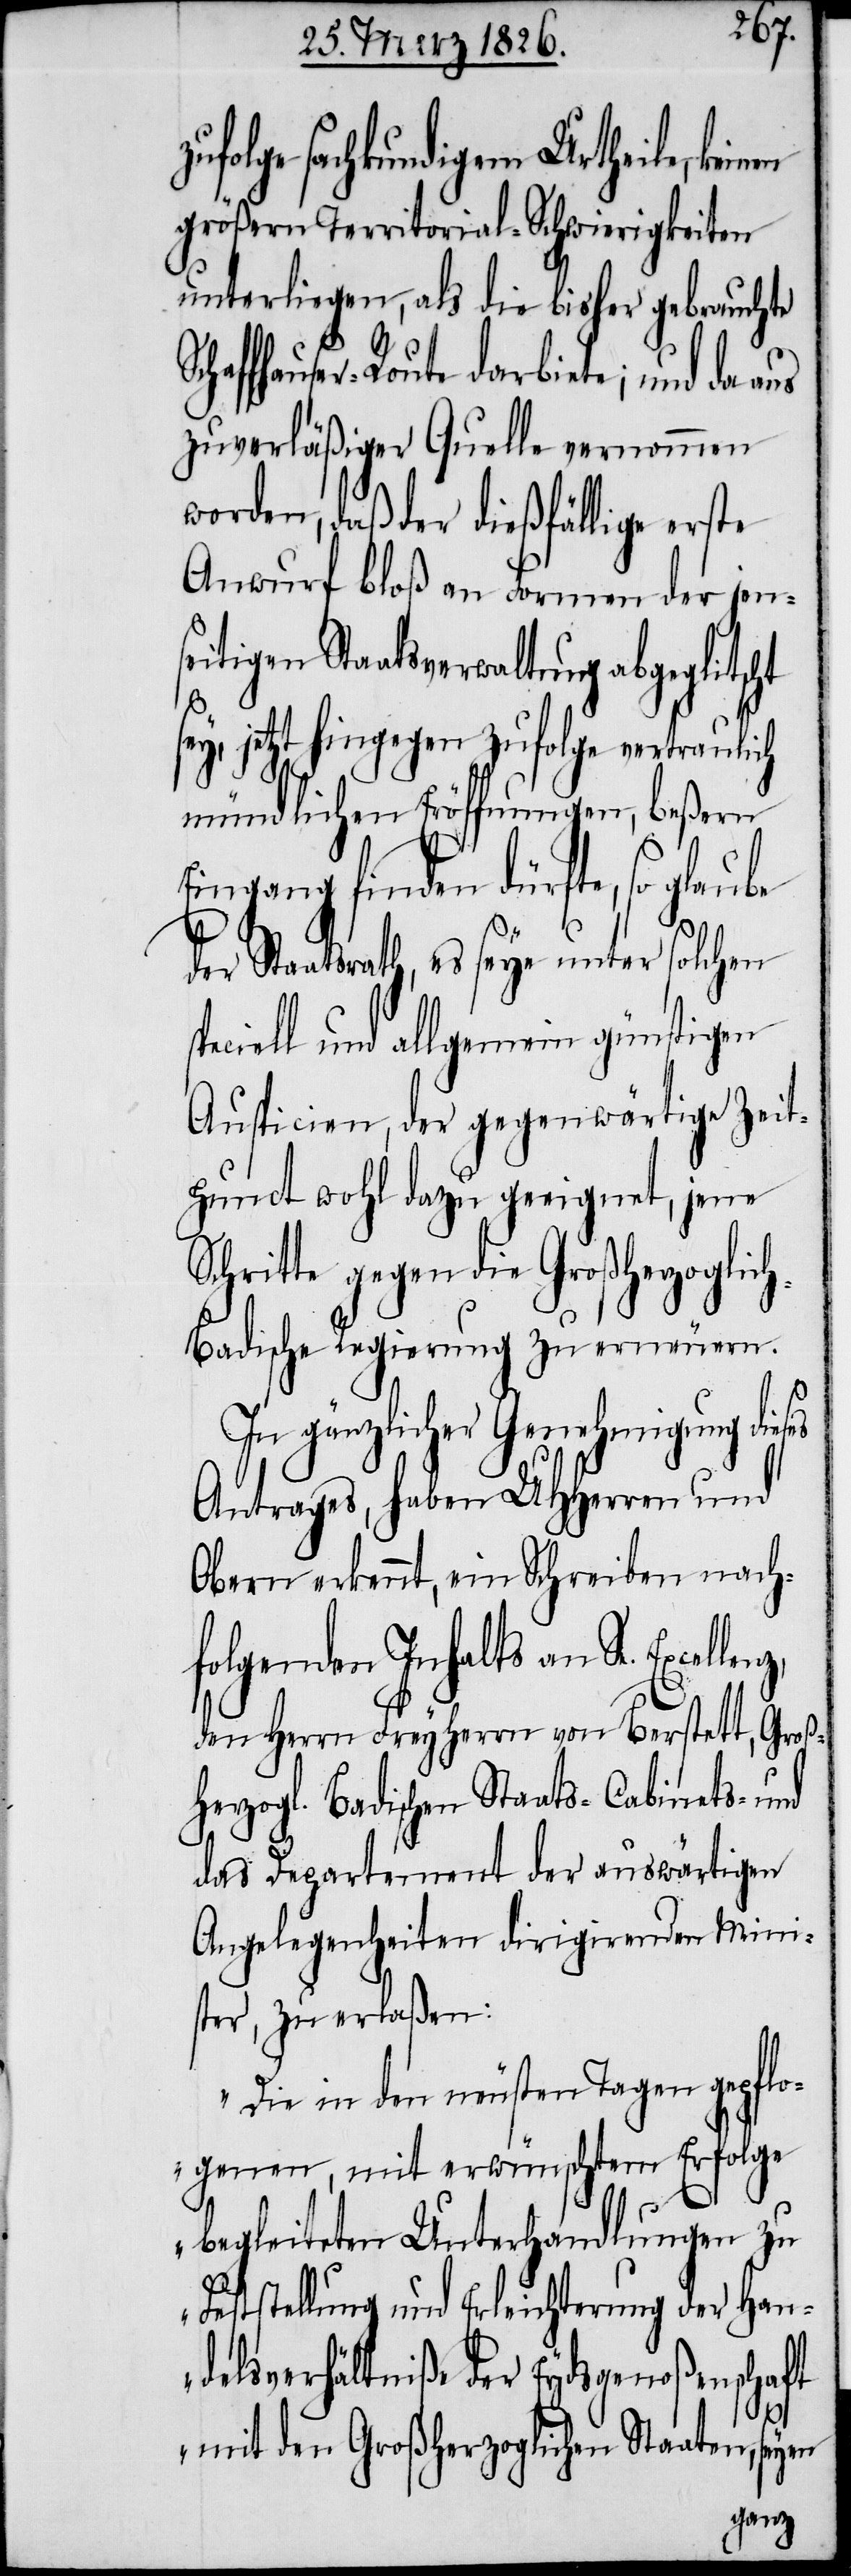
folge sachkundigem Urtheile,
größern Territorial-Schwierigkeiten
unterliegen, als die bisher gebrauchte
ffhauser-Route darbiete; und da aus
zuverläßiger Quelle vernommen
worden, daß der dießfällige erste
Anwurf bloß an Formen der jens¬
eitigen Staatsverwaltung abgeglitsc¬
ey, jetzt hingegen zufolge vertraulich
mündlichen Eröffnungen, beßern
Eingang finden dürfte, so glaube
Staatsrath, es seye unter solchen
speciell und allgemein günstigen
Auspicien, der gegenwärtige Zeit¬
punct wohl dazu geeignet, jene S¬
chritte gegen die Großherzoglich
Badische Regierung zu erneuern.
In gänzlicher Genehmigung dieses
Antrages, haben UHHerren und
Obern erkennt, ein Schreiben nachf¬
olgenden Inhalts an Se.
den Herrn Freyherrn von Berstett, Groß¬
herzogl. Badischen Staats- Cabinets- und
das Departement der auswärtigen
Angelegenheiten dirigirenden Mini¬
ster, zu erlassen:
„Die in den neusten Tagen gepflo¬
genen, mit erwünschtem Erfolge
begleiteten Unterhandlungen zu
Feststellung und Erleichterung der Han¬
delsverhältniße der Eydsgenoßenschaft
mit den Großherzoglichen Staaten, seyen
ht s¬